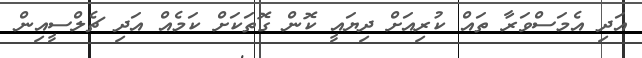
އަދި އެމަސްވަރާ ތައް ކުރިއަށް ދިޔައީ ކޮން ގޮތަކަށް ކަމެއް އަދި ޗެލްސީއިން